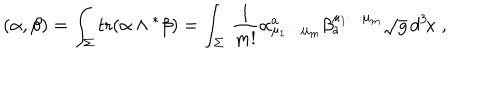
( \alpha , \beta ) = \int _ { \Sigma } ^ { } \mathrm { t r } ( \alpha \wedge { } ^ { \ast } \beta ) = \int _ { \Sigma } ^ { } \, \frac { 1 } { m ! } \alpha _ { \mu _ { 1 } \cdots \mu _ { m } } ^ { a } \beta _ { a } ^ { \mu _ { 1 } \cdots \mu _ { m } } \sqrt { g } \, d ^ { 3 } \! x \; ,